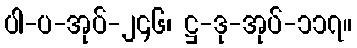
ပါ-ပ-အုပ်-၂၄၆၊ ဋ္ဌ-ဒု-အုပ်-၁၁၇။